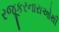
રજૂકરનારાઓથી